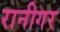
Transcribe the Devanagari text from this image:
रानीगर